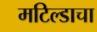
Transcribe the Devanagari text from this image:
मटिल्डाचा